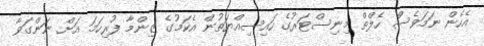
އެހެން ނަމަވެސް ހެލްތް މިނިސްޓަރުގެ ހައިސިއްޔަތުން އެކަމުގެ ޒިންމާ ފުރިހަމަ އަށް ނަންގަވާ